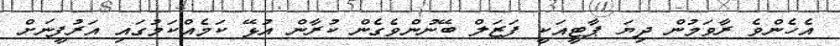
އެހެންވެ ރާވަމުން ދިޔަ ޕާޓީއަކީ ފަޒަލް ބޭނުންވެގެން ކުރާން އުޅޭ ކަމެއްކަމުގައި އަރުފީނަށް